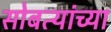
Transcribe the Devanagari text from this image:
सोबत्यांच्या